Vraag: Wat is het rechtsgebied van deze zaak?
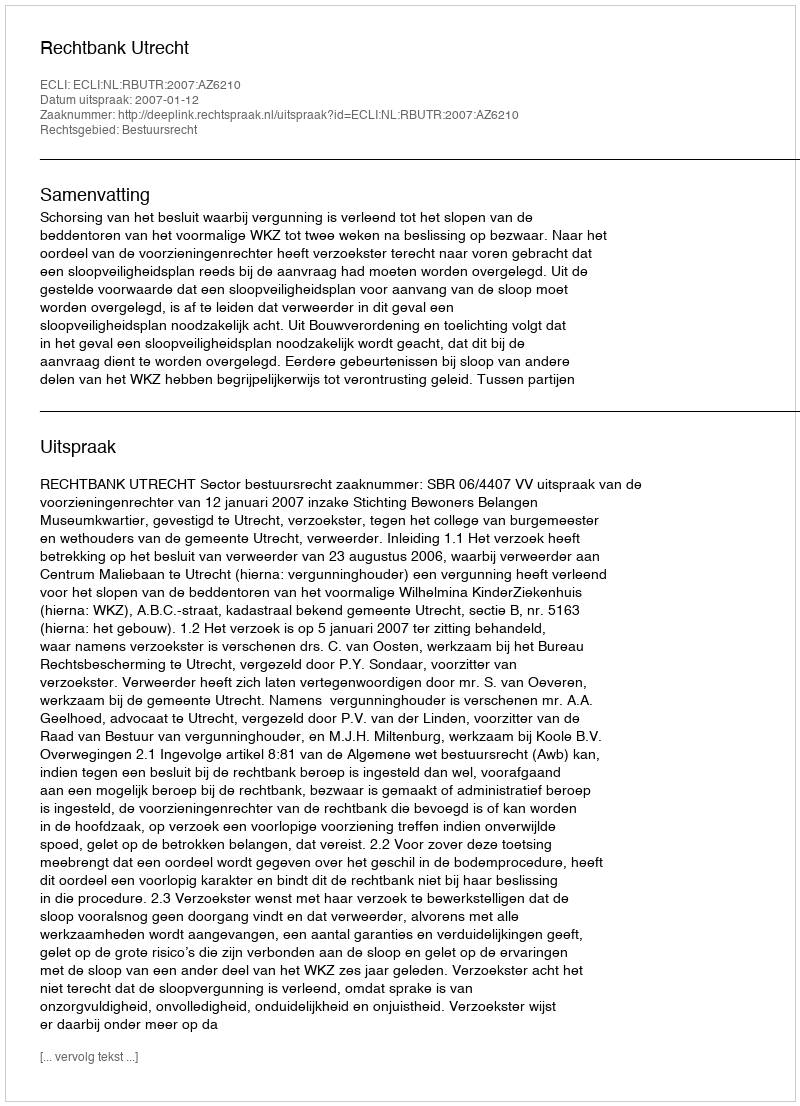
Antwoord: Bestuursrecht